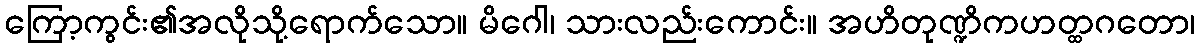
ကြော့ကွင်း၏အလိုသို့ရောက်သော။ မိဂေါ၊ သားလည်းကောင်း။ အဟိတုဏ္ဍိကဟတ္ထဂတော၊